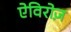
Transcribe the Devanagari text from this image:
ऐविरोज़